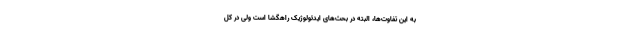
به این تفاوت‌ها، البته در بحث‌های ایدئولوژیک راهگشا است ولی در کل